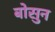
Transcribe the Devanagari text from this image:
बोसुन